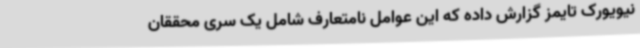
نیویورک تایمز گزارش داده که این عوامل نامتعارف شامل یک سری محققان